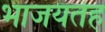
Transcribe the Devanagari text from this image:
भाजयतेह